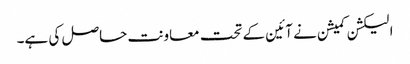
الیکشن کمیشن نے آئین کے تحت معاونت حاصل کی ہے۔